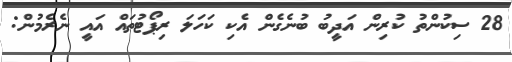
28 ސިކުންތު ކުރިން އަދީބު ބުނެގެން އެކި ކަހަލަ ރިޕޯޓުތައް އައީ ނެރެމުން: